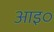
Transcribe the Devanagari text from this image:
आइ०